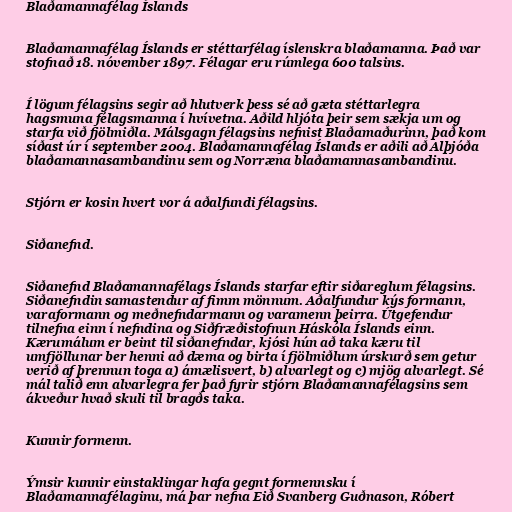
Blaðamannafélag Íslands

Blaðamannafélag Íslands er stéttarfélag íslenskra blaðamanna. Það var
stofnað 18. nóvember 1897. Félagar eru rúmlega 600 talsins.

Í lögum félagsins segir að hlutverk þess sé að gæta stéttarlegra
hagsmuna félagsmanna í hvívetna. Aðild hljóta þeir sem sækja um og
starfa við fjölmiðla. Málsgagn félagsins nefnist Blaðamaðurinn, það kom
síðast úr í september 2004. Blaðamannafélag Íslands er aðili að Alþjóða
blaðamannasambandinu sem og Norræna blaðamannasambandinu.

Stjórn er kosin hvert vor á aðalfundi félagsins.

Siðanefnd.

Siðanefnd Blaðamannafélags Íslands starfar eftir siðareglum félagsins.
Siðanefndin samastendur af fimm mönnum. Aðalfundur kýs formann,
varaformann og meðnefndarmann og varamenn þeirra. Útgefendur
tilnefna einn í nefndina og Siðfræðistofnun Háskóla Íslands einn.
Kærumálum er beint til siðanefndar, kjósi hún að taka kæru til
umfjöllunar ber henni að dæma og birta í fjölmiðlum úrskurð sem getur
verið af þrennun toga a) ámælisvert, b) alvarlegt og c) mjög alvarlegt. Sé
mál talið enn alvarlegra fer það fyrir stjórn Blaðamannafélagsins sem
ákveður hvað skuli til bragðs taka.

Kunnir formenn.

Ýmsir kunnir einstaklingar hafa gegnt formennsku í
Blaðamannafélaginu, má þar nefna Eið Svanberg Guðnason, Róbert